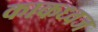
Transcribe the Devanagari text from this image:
काकध्वज